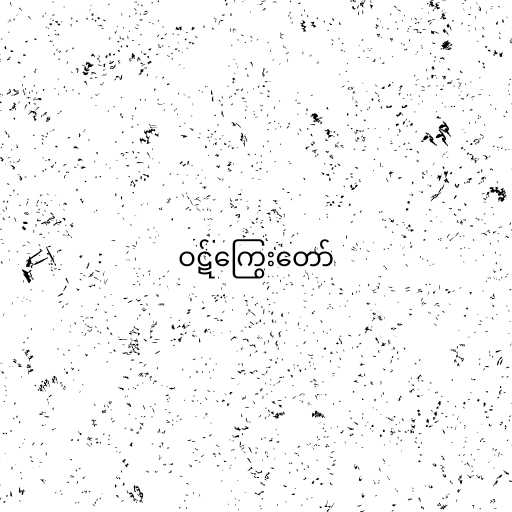
ဝဋ်ကြွေးတော်